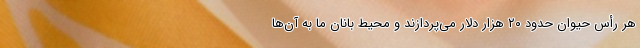
هر رأس حیوان حدود ۲۰ هزار دلار می‌پردازند و محیط بانان ما به آن‌ها